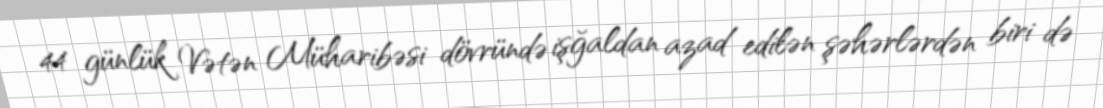
44 günlük Vətən Müharibəsi dövründə işğaldan azad edilən şəhərlərdən biri də